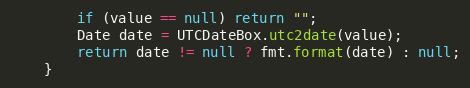
Language: Java
        if (value == null) return "";
        Date date = UTCDateBox.utc2date(value);
        return date != null ? fmt.format(date) : null;
    }